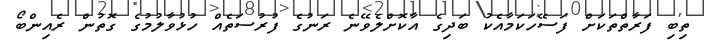
ތިބި ފަރާތްތަކަށް ފަސޭހަކަމާއެކު ބަދިގެ އާކޮށްލެވޭނެ ރަނުގެ ފުރުސަތެއް ހުޅުވާލުމުގެ ގޮތުން ރެއިންބޯ